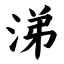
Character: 涕